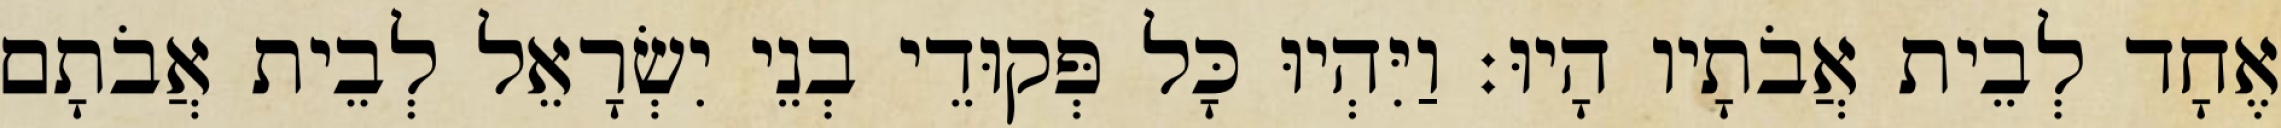
אֶחָד לְבֵית אֲבֹתָיו הָיוּ׃ וַיִּהְיוּ כָּל פְּקוּדֵי בְנֵי יִשְׂרָאֵל לְבֵית אֲבֹתָם